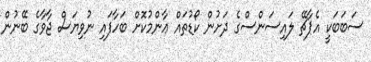
ސަބަބަކީ އެޕާޗޭ ލައިސަންސްގެ ދަށުން ކޯޑުތައް ޢާންމުކޮށް ބަހާފައި ނުވިޔަސް ޖާވާގެ ބޭނުން